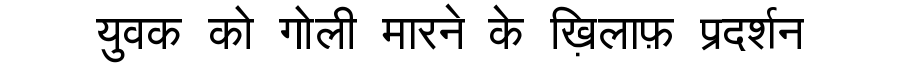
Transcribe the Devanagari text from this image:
युवक को गोली मारने के ख़िलाफ़ प्रदर्शन